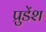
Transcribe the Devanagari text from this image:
प्रुडेंश